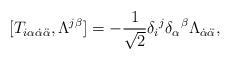
LaTeX: \begin{align*}[ T_{i\alpha\dot{\alpha}\ddot{\alpha}}, \Lambda^{j\beta} ] = -\frac1{\sqrt{2}} \delta_i{}^j \delta_\alpha{}^\beta\Lambda_{\dot{\alpha}\ddot{\alpha}}, \end{align*}